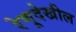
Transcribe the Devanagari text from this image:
रेणूदेखील